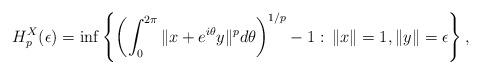
LaTeX: \begin{align*}H_p^X(\epsilon)=\inf\left\{\left(\int_0^{2\pi} \|x+e^{i\theta}y\|^pd\theta\right)^{1/p}-1:\,\|x\|=1, \|y\|=\epsilon\right\},\end{align*}